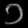
Digit: ၁